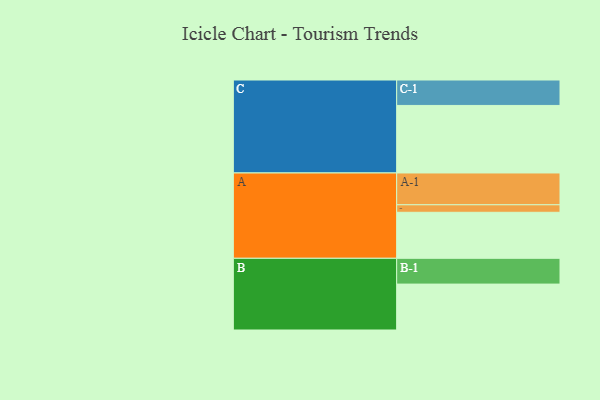
{"axis": {"x": "Segment", "y": "Value"}, "legend": ["", "A", "B", "C"], "data": [{"x": "A", "y": 398, "type": ""}, {"x": "B", "y": 397, "type": ""}, {"x": "C", "y": 584, "type": ""}, {"x": "A-1", "y": 275, "type": "A"}, {"x": "A-2", "y": 65, "type": "A"}, {"x": "B-1", "y": 223, "type": "B"}, {"x": "C-1", "y": 220, "type": "C"}]}